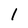
Character: 1